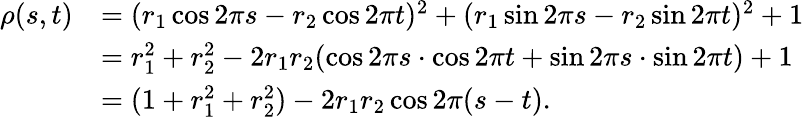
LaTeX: \begin{array}{rl}{\rho(s,t)}&{=(r_{1}\cos 2\pi s-r_{2}\cos 2\pi t)^{2}+(r_{1}\sin 2\pi s-r_{2}\sin 2\pi t)^{2}+1}\\ &{=r_{1}^{2}+r_{2}^{2}-2r_{1}r_{2}(\cos 2\pi s\cdot\cos 2\pi t+\sin 2\pi s\cdot\sin 2\pi t)+1}\\ &{=(1+r_{1}^{2}+r_{2}^{2})-2r_{1}r_{2}\cos 2\pi(s-t).}\end{array}